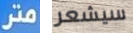
متر سيشعر